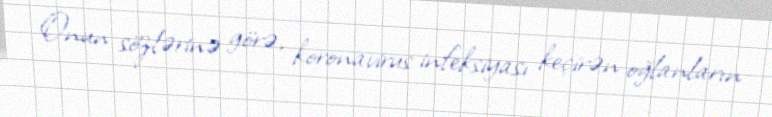
Onun sözlərinə görə, koronavirus infeksiyası keçirən oğlanların